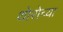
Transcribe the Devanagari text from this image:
थोरोच्या